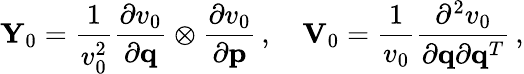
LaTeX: {\mathbf Y}_{0}=\frac{1}{v_{0}^{2}}\frac{\partial v_{0}}{\partial{\mathbf q}}\otimes\frac{\partial v_{0}}{\partial{\mathbf p}}\, ,\quad{\mathbf V}_{0}=\frac{1}{v_{0}}\frac{\partial^{2}v_{0}}{\partial{\mathbf q}\partial{\mathbf q}^{T}}\, ,